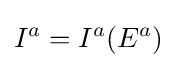
I^{a}=I^{a}(E^{a})